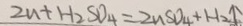
2 u + H _ { 2 } S O _ { 4 } = 2 u S O _ { 4 } + H _ { 2 } \uparrow